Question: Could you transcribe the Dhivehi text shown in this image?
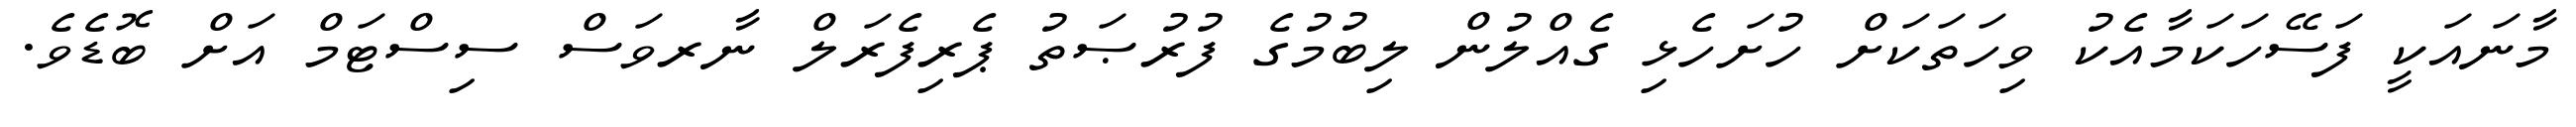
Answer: މާނައަކީ ފަސޭހަކަމާއެކު ވިހަތަކަށް ހުށަހެޅި ގެއްލުން ލިބުމުގެ ފުރުޞަތު ޕެރިފެރަލް ނާރވަސް ސިސްޓަމް އަށް ބޮޑެވެ.